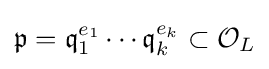
{\mathfrak {p}}={\mathfrak {q}}_{1}^{e_{1}}\cdots {\mathfrak {q}}_{k}^{e_{k}}\subset {\mathcal {O}}_{L}